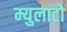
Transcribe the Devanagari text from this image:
म्युलाटो